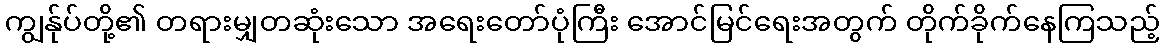
ကျွန်ုပ်တို့၏ တရားမျှတဆုံးသော အရေးတော်ပုံကြီး အောင်မြင်ရေးအတွက် တိုက်ခိုက်နေကြသည့်